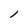
Character: l